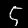
Label: 5